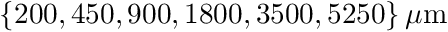
\{ 2 0 0 , 4 5 0 , 9 0 0 , 1 8 0 0 , 3 5 0 0 , 5 2 5 0 \} \, \mu \mathrm { m }